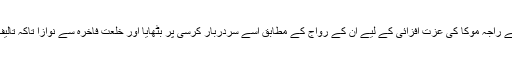
محمد بن قاسم نے راجہ موکا کی عزت افزائی کے لیے ان کے رواج کے مطابق اسے سردربار کرسی پر بٹھایا اور خلعت فاخرہ سے نوازا تاکہ تالیف قلب ہو سکے۔